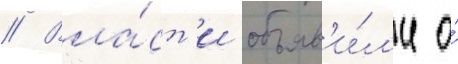
// Вла́ст'и объяв'и́л'и о́